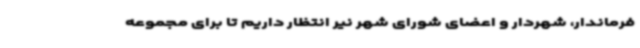
فرماندار، شهردار و اعضای شورای شهر نیر انتظار داریم تا برای مجموعه